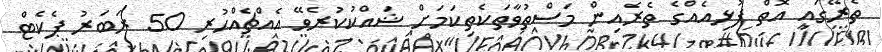
ތެރޭގައި އޮތް ފުޅިއެއްގެ ތެރެއިން މަސްތުވާތަކެތިކަމަށް ޝައްކުކުރެވޭ އެއްޗެއްހުރި 50 ރަބަރު ޕެކެޓް